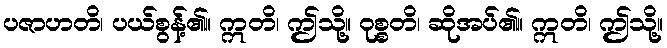
ပဇာဟတိ၊ ပယ်စွန့်၏။ ဣတိ၊ ဤသို့။ ဝုစ္စတိ၊ ဆိုအပ်၏။ ဣတိ၊ ဤသို့။